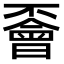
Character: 𠁞